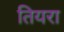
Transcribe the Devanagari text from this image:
तियरा